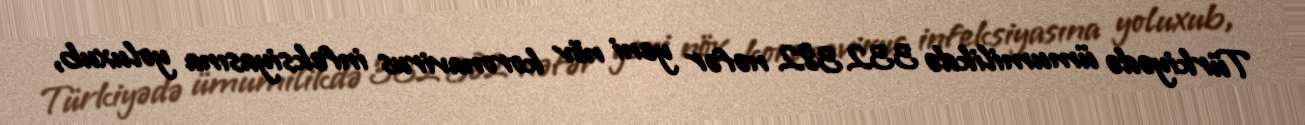
Türkiyədə ümumilikdə 332 382 nəfər yeni növ koronavirus infeksiyasına yoluxub,